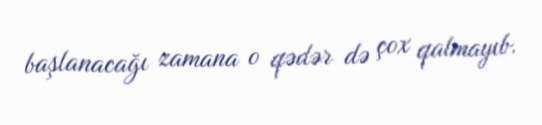
başlanacağı zamana o qədər də çox qalmayıb.